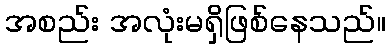
အစည်း အလုံးမရှိဖြစ်နေသည်။